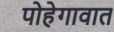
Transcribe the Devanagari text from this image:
पोहेगावात